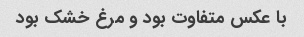
با عکس متفاوت بود و مرغ خشک بود